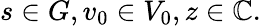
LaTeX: s\in G,v_{0}\in V_{0},z\in\mathbb{C}.